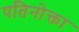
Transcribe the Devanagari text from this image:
पतिनोक्ता